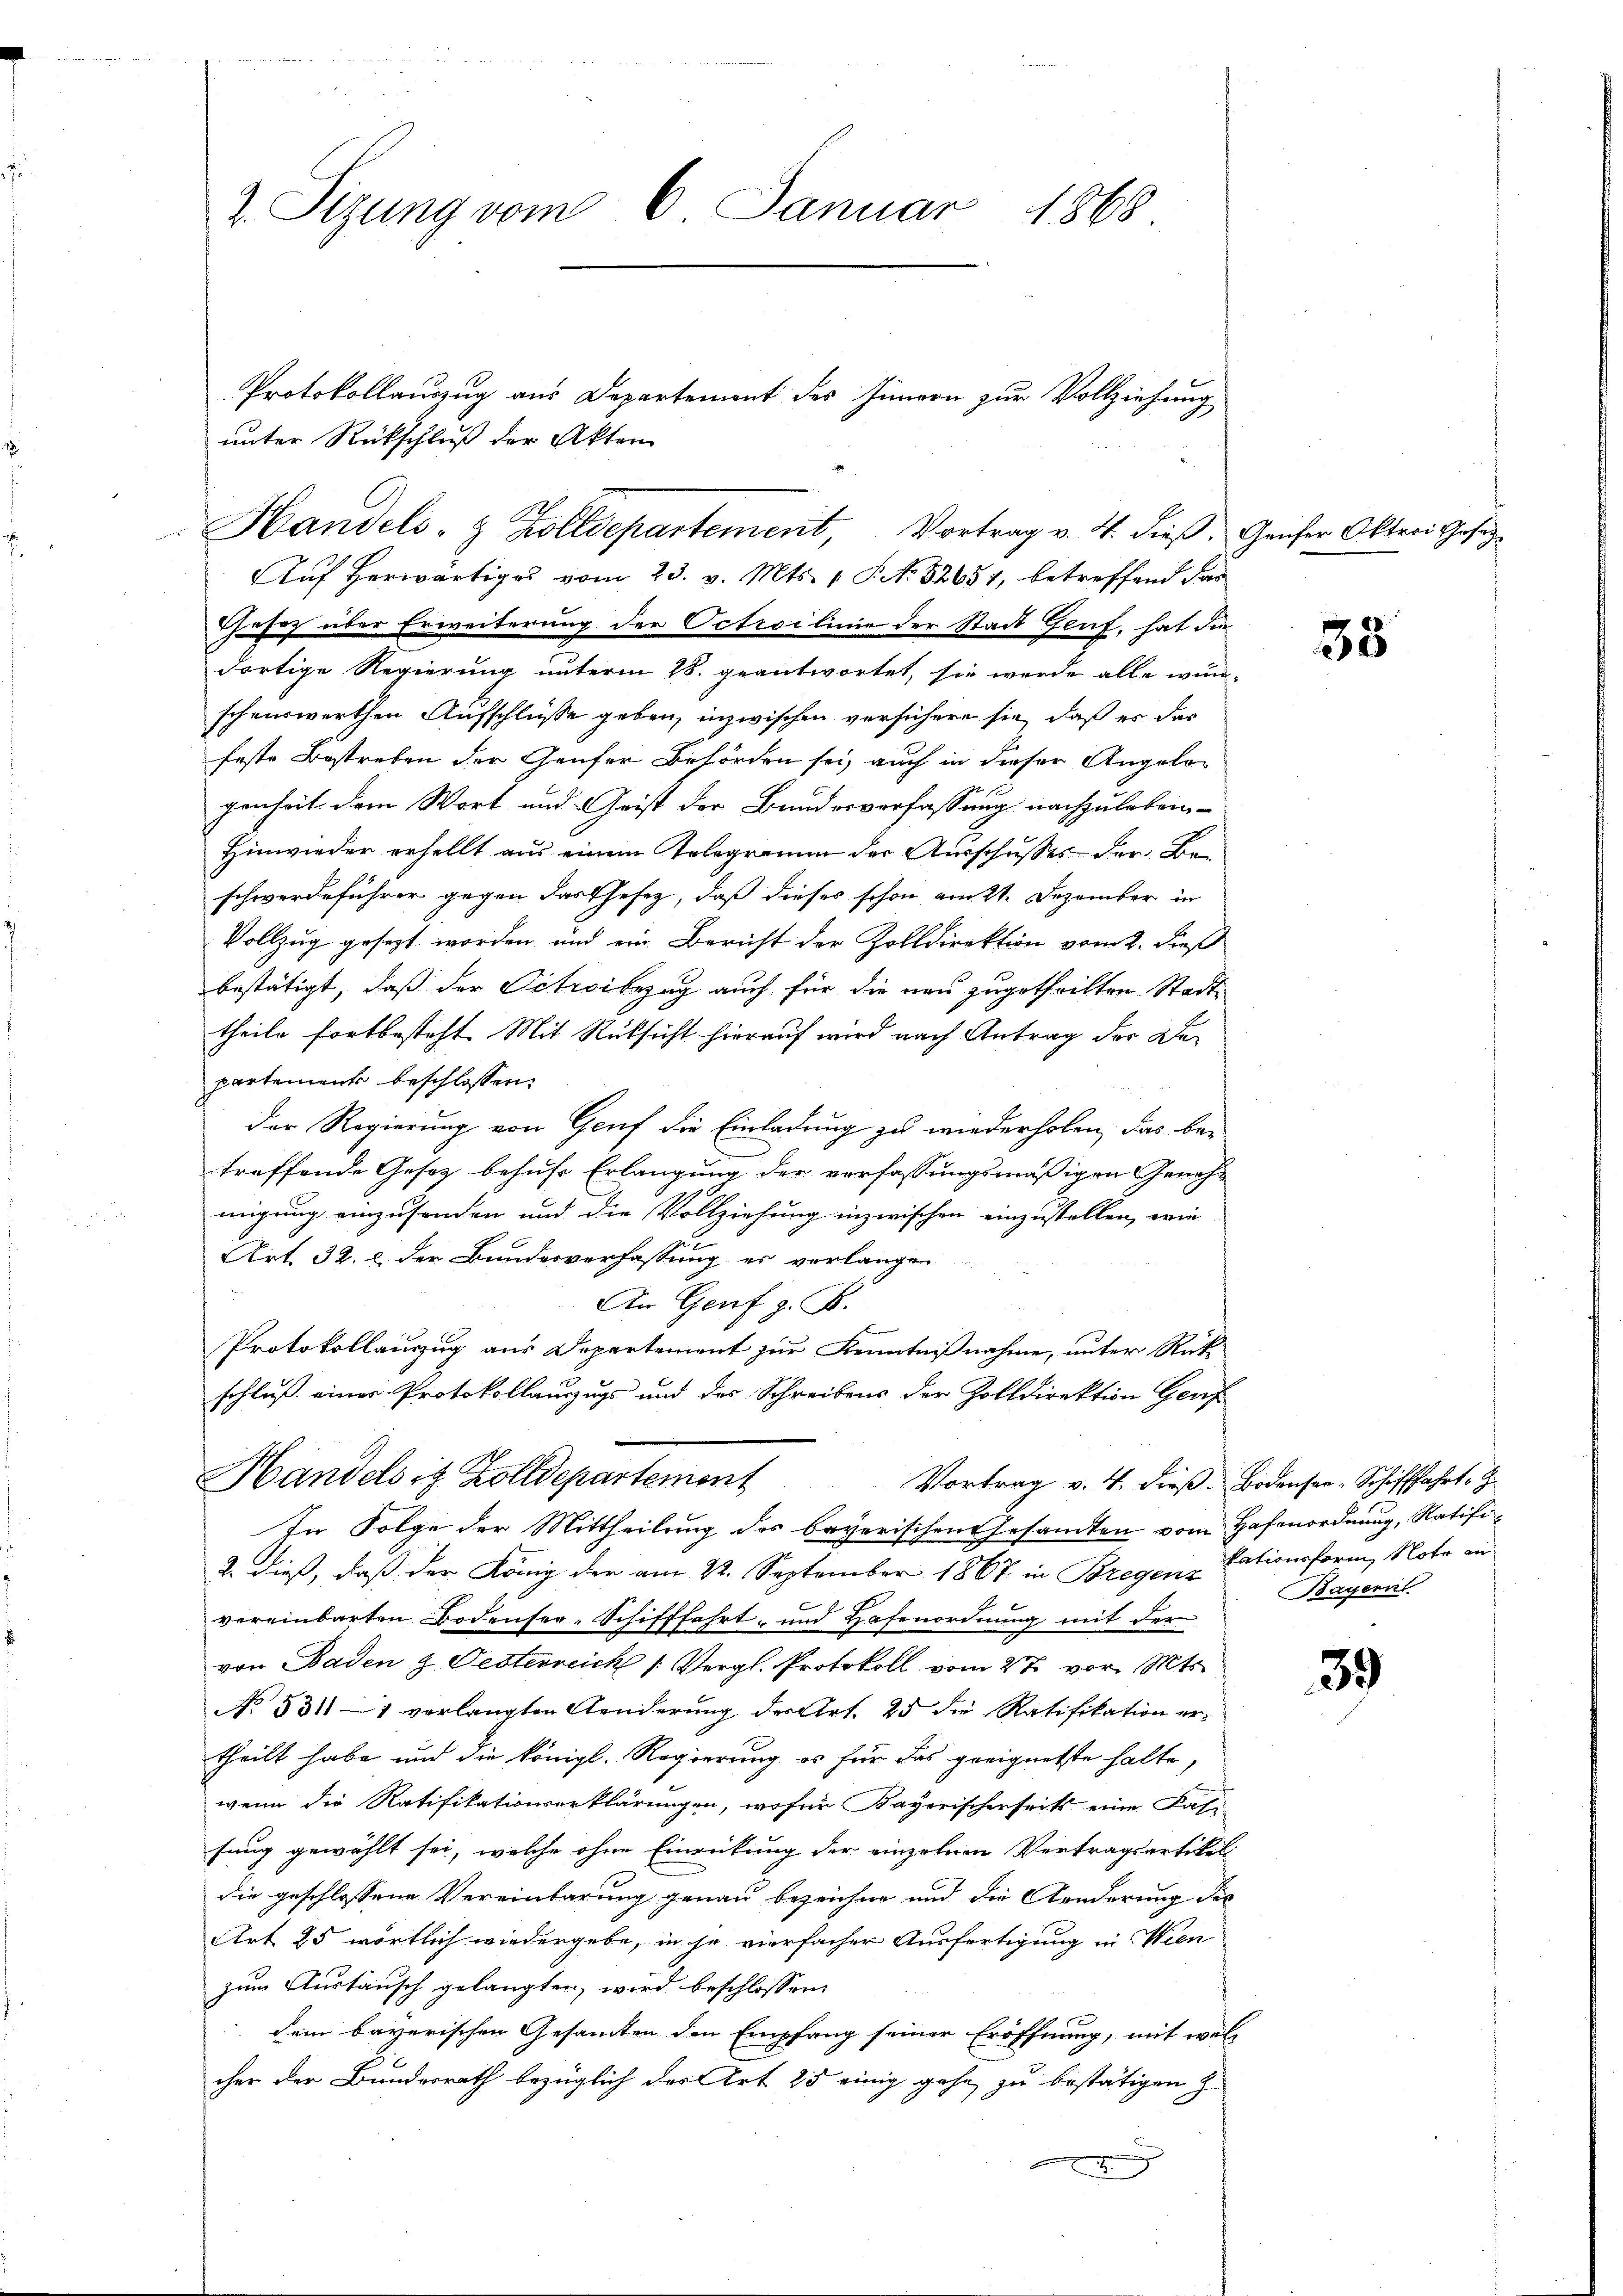
2. Sizung vom 6. Januar 1868

Thasez über Erweiterung der Octroilinie der Stadt Genf, hat die
dortige Regierung unterm 28. geantwortet, sie werde alle wün-
schenswerthen Aufschlüsse geben, inzwischen versichern sie, daß es dar
feste Bestreben der Genfer Beförden sei, auch in dieser Angelogenheit dem Wort und Geist der Baudorverfassung nachzuleben-
Hinwieder erhellt aus einem Telegramm der Ausschusses der Be-
schwerdeführer gegen darthefez, daß dieses schon am 21. Dezember in
Vollzug gesezt worden und ein Bericht der Zolldirektion vom 2. dieß
bestätigt, daß der Petribezug auch für die neu zugetheilten Stadttheile fortbesteht. Mit Rücksicht hierauf wird nach Antrag der Departement beschlossen:
der Regierung von Genf die Einladung zu wiederholen, das be-
treffende Gesetz behufe Erlangung der verfassungsmäßigen Genehmigung einzusenden und die Vollziehung inzwischen einzustellen, wie

Art. 32. c. der Bundesverfassung es verlangen
An Genf z. B.
Protokollauszug aus Departement zur Kenntnißnahme, unter Rück-
schluß eines Protokollauszugs und des Schreibens der Zolldirektion Genf
Handelsis Zolldepartement
Vortrag v. 4. dieß Bodenser-Schifffahrt,
In Folge der Mittheilung des bayerischen Gesandten vom Hafenordnung, Ratifi¬
2. dieß, daß der König der am 22. September 1867 in Bregen, Nationsform, Nota an
vereinbarten Bodensee-Schifffahrt, und Hafenordnung mit der
von Baden & Festerreich /: Vergl. Protokoll vom 27. vor. Mts.
No 5311–1 verlangten Aenderung der Art. 25 die Ratifikation er-
theilt habe und die königl. Regierung es für das geeignetste halte,
wenn die Ratifikationserklärungen, wofür Kayerischerseits eine Fase
sung gewählt sei, welche ohne Einreitung der einzelnen Vertragsartikel
die geschlossene Vereinbarung genau bezeichne und die Aenderung der
Art 25 wörtlich wiedergebe, in je vierfacher Ausfertigung in Wien
zum Austausch gelangten, wird beschlossen:
dem bayerischen Gesamten den Empfang seiner Eröffnung, mit welcher der Bundesrath bezüglich der Art 25 einig gehe zu bestätigen zu
E

unter Rückschluß der Akten

Handels- & Zolldepartement, Vortrag v. 4. dieß. Geiser Oktrri Gesez¬
Auf herwärtiges vom 23. v. Mts. 1 S. N. 52651, betreffend das

Protokollauszug aus Departement des Innern zur Vollziehung

35

Bayern

39